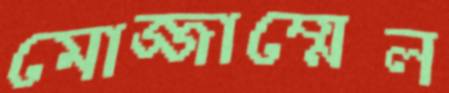
মোজ্জাম্মেল